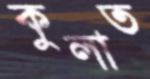
কুলাত